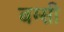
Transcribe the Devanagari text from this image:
बग्सी